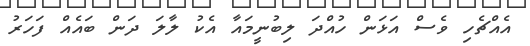
އެއްޗެހި ވެސް އަޅަން ހުއްދަ ލިބުނީމައާ އެކު ލާލަ ދަން ބައެއް ފަހަރު